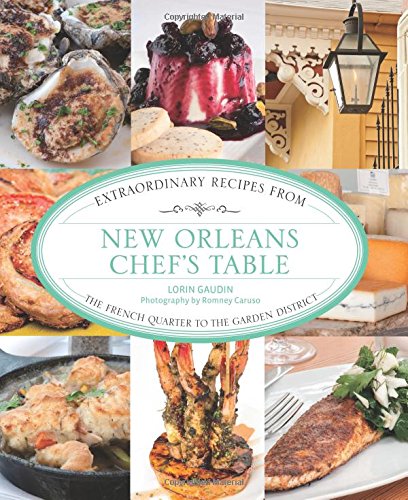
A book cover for New Orleans Chef's Table: Extraordinary Recipes From The French Quarter To The Garden District; Lorin Gaudin; Cookbooks, Food & Wine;